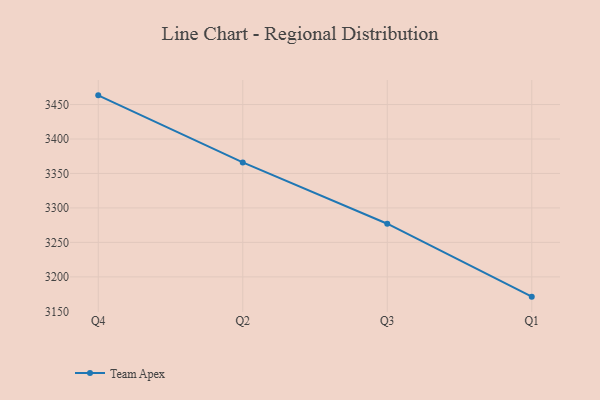
{"axis": {"x": "Quarter", "y": "Net Income (USD K)"}, "legend": ["Team Apex"], "data": [{"x": "Q4", "y": 3463.3, "type": "Team Apex"}, {"x": "Q2", "y": 3366.0, "type": "Team Apex"}, {"x": "Q3", "y": 3277.1, "type": "Team Apex"}, {"x": "Q1", "y": 3171.3, "type": "Team Apex"}]}